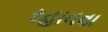
રહાવવા